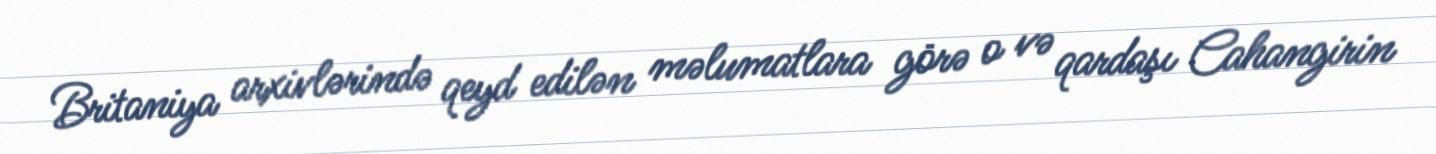
Britaniya arxivlərində qeyd edilən məlumatlara görə o və qardaşı Cahangirin